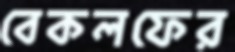
বেকলফের